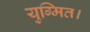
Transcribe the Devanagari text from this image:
युग्मित।